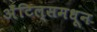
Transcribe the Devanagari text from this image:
अँटिल्समधून